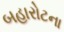
બહારોટના